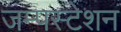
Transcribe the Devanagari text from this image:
जम्पस्टेशन